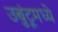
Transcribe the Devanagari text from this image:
उबुंटूमध्ये